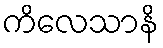
ကိလေသာနိ